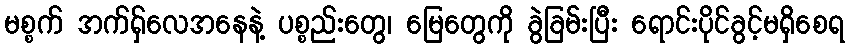
မစ္စက် အက်ရှ်လေအနေနဲ့ ပစ္စည်းတွေ၊ မြေတွေကို ခွဲခြမ်းပြီး ရောင်းပိုင်ခွင့်မရှိစေရ